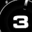
Digit: 3